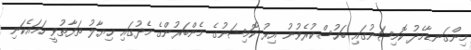
މިންގަނޑާމެދު ކޮމިޝަނުގައި ބަހުސްކުރެވުނު އިރު ކޮމިޝަނުގެ މެންބަރުންގެ މެދުގައި ޚިޔާލު ތަފާތުވީ ހަމައެކަނި